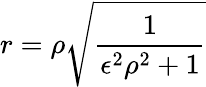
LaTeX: r=\rho\sqrt{\frac{1}{\epsilon^{2}\rho^{2}+1}}